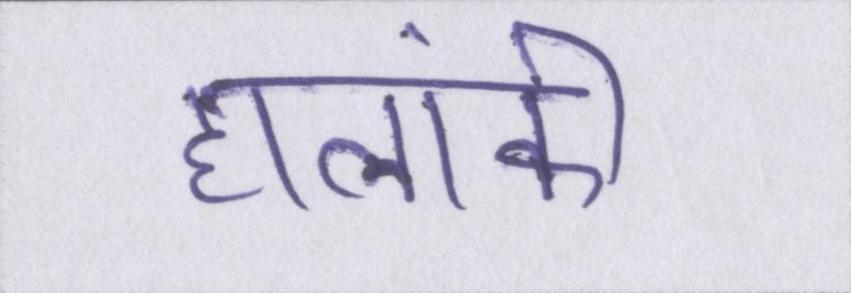
हालांकी